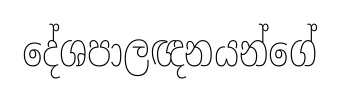
දේශපාලඥනයන්ගේ